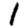
Digit: 1